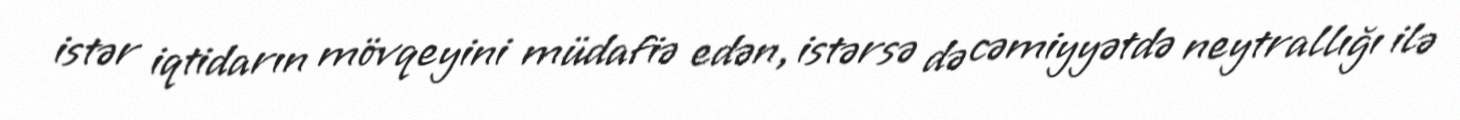
istər iqtidarın mövqeyini müdafiə edən, istərsə də cəmiyyətdə neytrallığı ilə